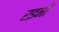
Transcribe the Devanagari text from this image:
रइनी